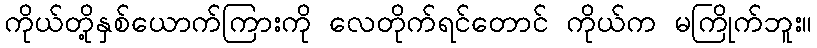
ကိုယ်တို့နှစ်ယောက်ကြားကို လေတိုက်ရင်တောင် ကိုယ်က မကြိုက်ဘူး။